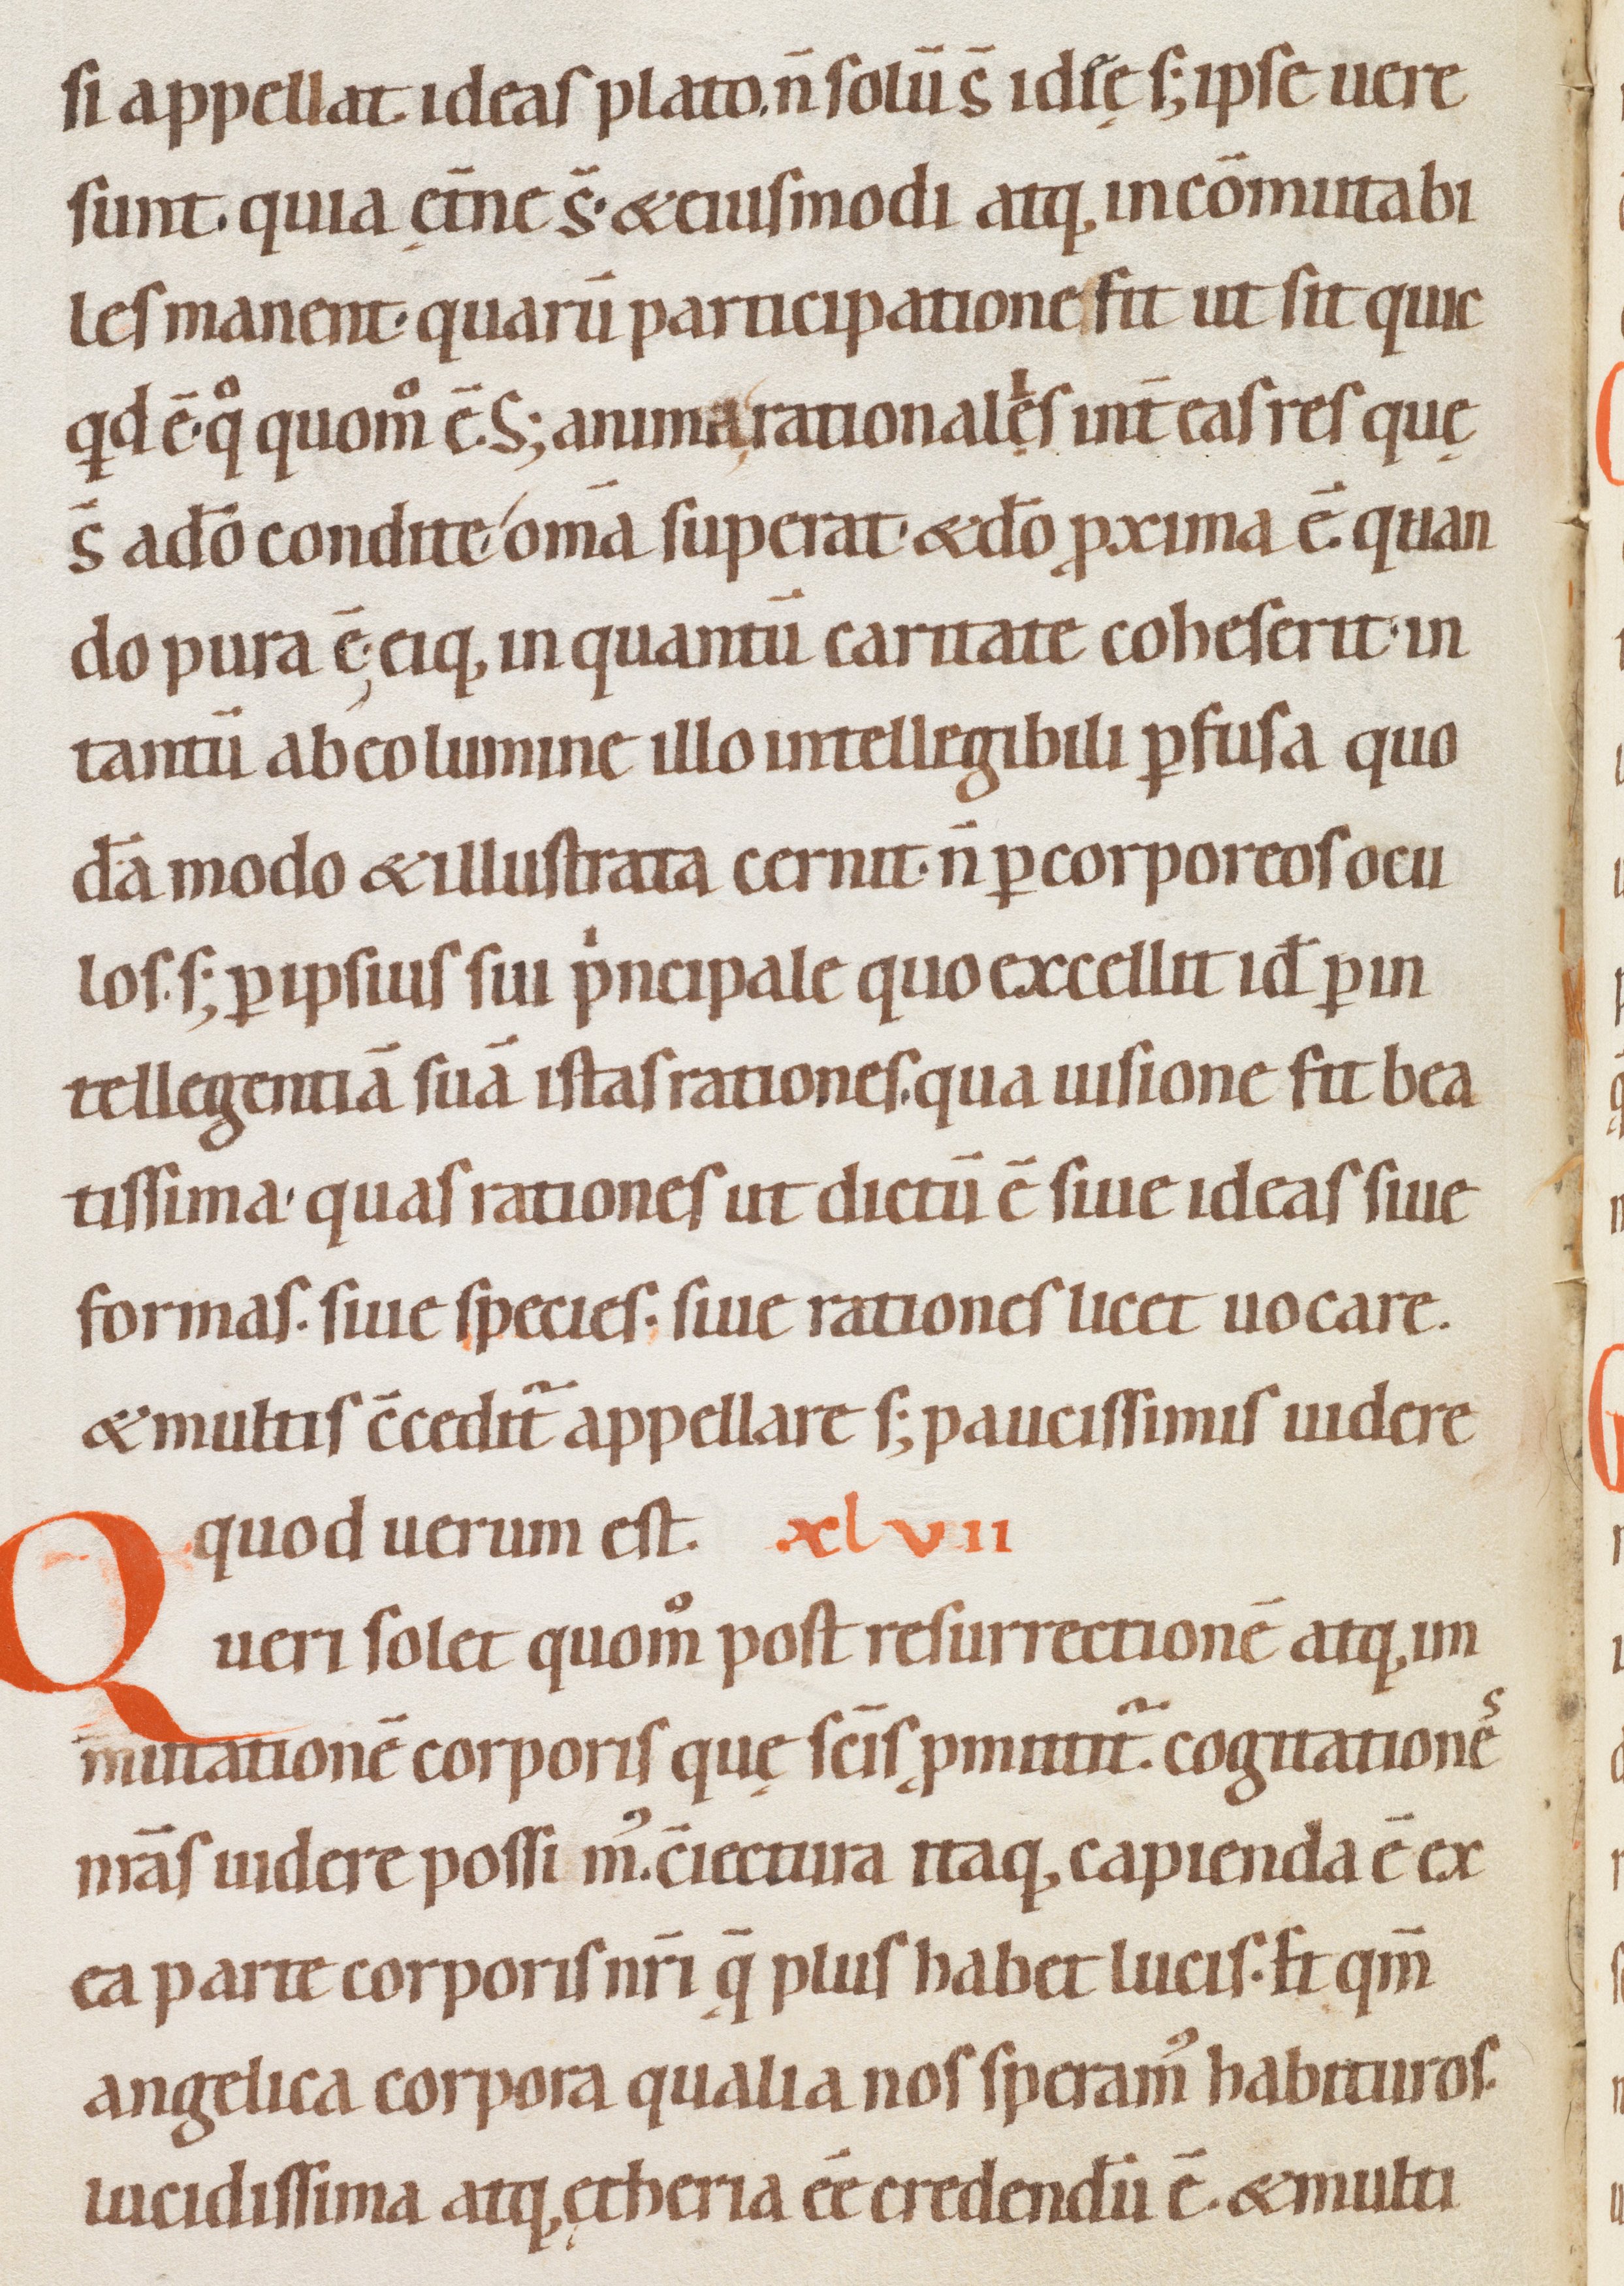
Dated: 1080–1096